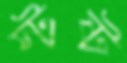
স্টষ্ট